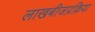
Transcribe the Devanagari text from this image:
लाखबीजप्रक्रिया